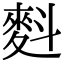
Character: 𪌉